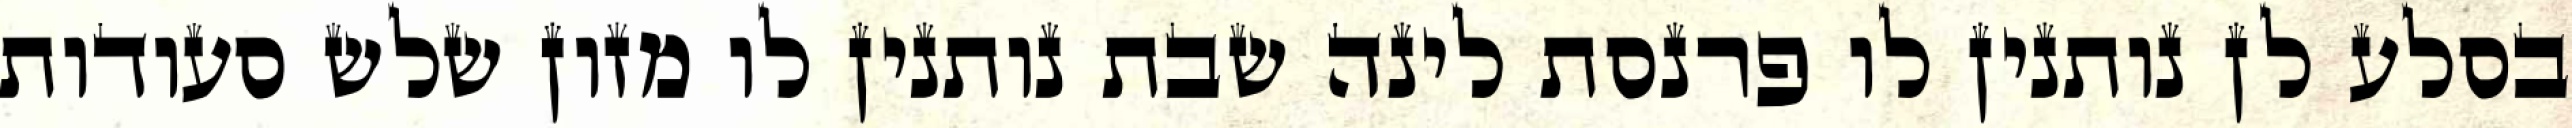
בסלע לן נותנין לו פרנסת לינה שבת נותנין לו מזון שלש סעודות